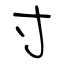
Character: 寸